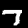
Label: 7